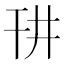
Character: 𪪁